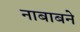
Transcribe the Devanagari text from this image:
नाबाबने